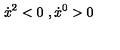
\dot { x } ^ { 2 } < 0 \ , \dot { x } ^ { 0 } > 0